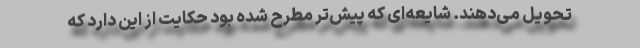
تحویل می‌دهند. شایعه‌ای که پیش‌تر مطرح شده بود حکایت از این دارد که